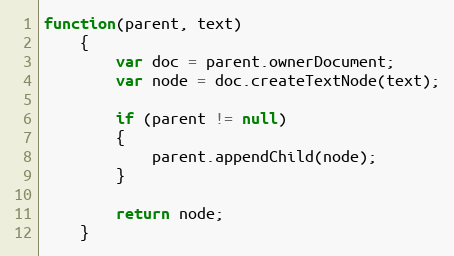
Language: JavaScript
function(parent, text)
	{
		var doc = parent.ownerDocument;
		var node = doc.createTextNode(text);

		if (parent != null)
		{
			parent.appendChild(node);
		}

		return node;
	}